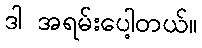
ဒါ အရမ်းပေါ့တယ်။